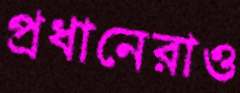
প্রধানেরাও